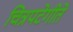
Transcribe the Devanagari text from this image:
चित्रपटेगीते